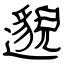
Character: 邈